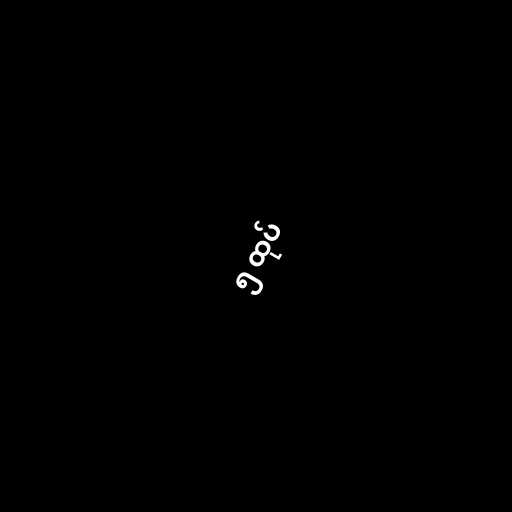
၅ ထုပ်